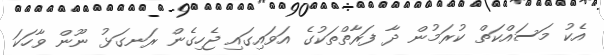
އެކު މަސައްކަތް ކުރަމުން ދާ ފަރާތްތަކުގެ އަވައިގައި ޖެހިގެން ރަނގަޅު ނޫން ވާހަކަ